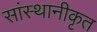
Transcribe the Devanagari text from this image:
सांस्थानीकृत